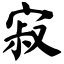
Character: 寂